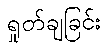
ရှုတ်ချခြင်း